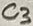
Text: C3